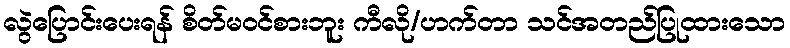
လွဲပြောင်းပေးရန် စိတ်မဝင်စားဘူး ကီလို/ဟက်တာ သင်အတည်ပြုထားသော